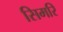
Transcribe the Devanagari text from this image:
सिमरि